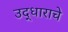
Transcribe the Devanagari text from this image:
उद्धाराचे